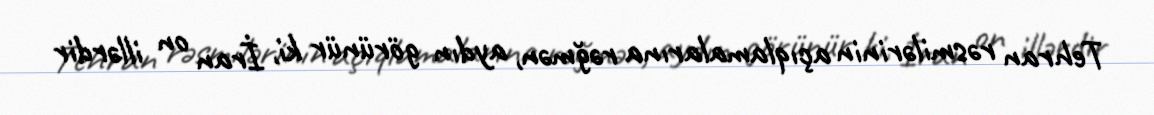
Tehran rəsmilərinin açıqlamalarına rəğmən, aydın görünür ki, İran on illərdir